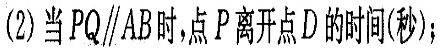
(2)当$$PQ\parallel AB$$时,点P离开点D的时间(秒);